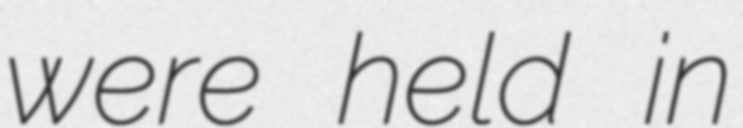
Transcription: were held in